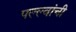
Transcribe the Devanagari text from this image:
पल्ल्वांची